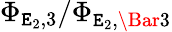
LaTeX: \Phi_{\mathtt{E}_{2},3}/\Phi_{\mathtt{E}_{2},\Bar3}